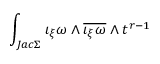
\int _ { J a c \Sigma } \iota _ { \xi } \omega \wedge \overline { { { \iota _ { \xi } \omega } } } \wedge t ^ { r - 1 }